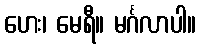
ဟေး၊ မေရီ။ မင်္ဂလာပါ။